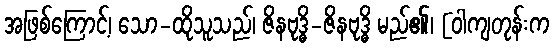
အဖြစ်ကြောင့်၊ သော-ထိုသူသည်၊ ဇိနဗုဒ္ဓိ-ဇိနဗုဒ္ဓိ မည်၏၊ [ဝါကျတုန်းက